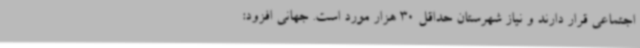
اجتماعی قرار دارند و نیاز شهرستان حداقل 30 هزار مورد است. جهانی افزود: